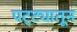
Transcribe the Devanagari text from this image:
पट्ट्यातून